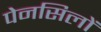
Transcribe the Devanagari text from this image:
पेनसिलों